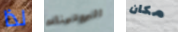
لذا البروتينات مكان